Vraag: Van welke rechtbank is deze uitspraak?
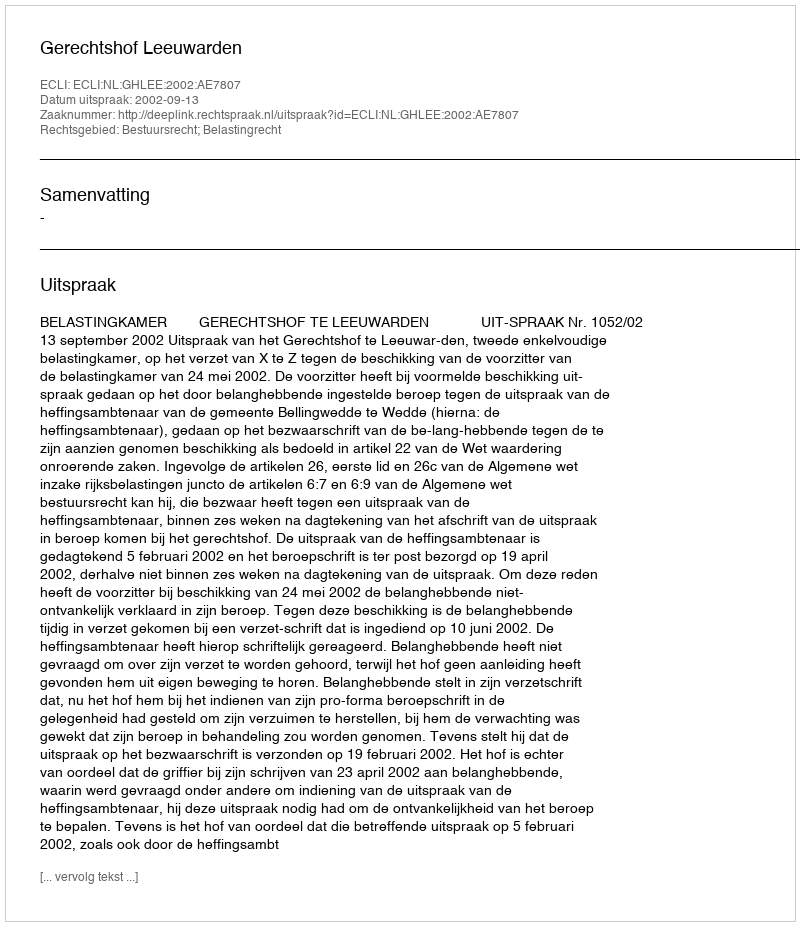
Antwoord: Gerechtshof Leeuwarden